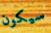
سيكون